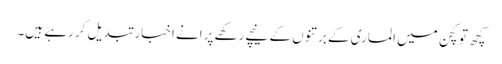
کچھ تو کچن میں الماری کے برتنوں کے نیچے رکھے پرانے اخبار تبدیل کر رہے ہیں۔